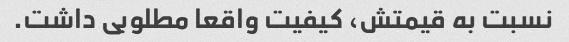
نسبت به قیمتش، کیفیت واقعا مطلوبی داشت.